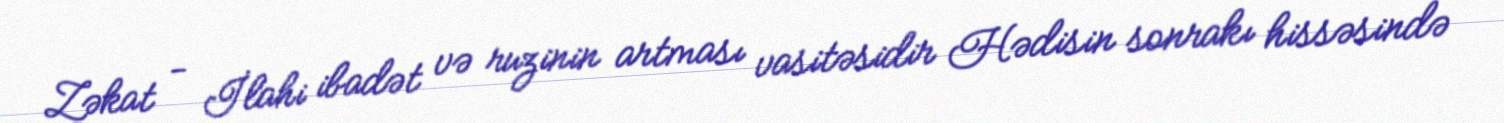
Zəkat - İlahi ibadət və ruzinin artması vasitəsidir Hədisin sonrakı hissəsində